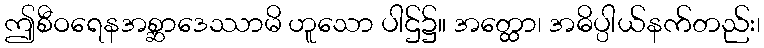
ဤစီဝရေနအစ္ဆာဒေဿာမိ ဟူသော ပါဌ်၌။ အတ္ထော၊ အဓိပ္ပါယ်နက်တည်း၊